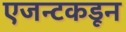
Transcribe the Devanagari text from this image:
एजन्टकडून